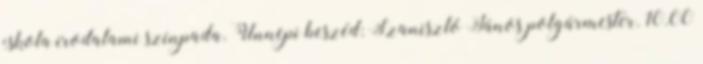
iskola irodalami színpada. Ünnepi beszéd: Szaniszló János polgármester. 10.00